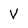
Character: V